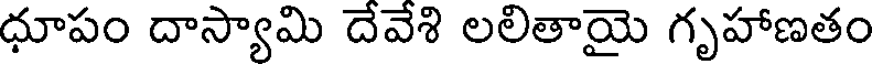
ధూపం దాస్యామి దేవేశి లలితాయై గృహాణతం